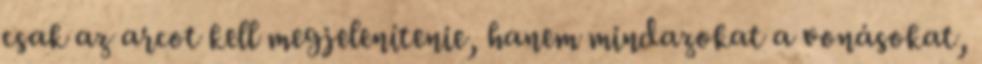
csak az arcot kell megjelenítenie, hanem mindazokat a vonásokat,